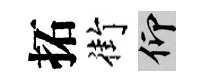
拓街仰